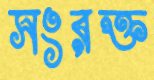
সংরক্ত